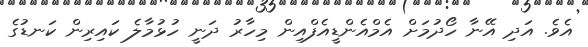
އެވެ. އަދި އޭނާ ހޯދުމަށް އެމްއެންޑީއެފްއިން މިހާރު ދަނީ ހުޅުމާލެ ކައިރިން ކަނޑުގެ